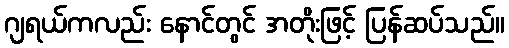
ဂျရယ်ကလည်း နောင်တွင် အတိုးဖြင့် ပြန်ဆပ်သည်။